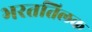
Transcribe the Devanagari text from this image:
भरततिलक